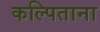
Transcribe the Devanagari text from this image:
कल्पिताना